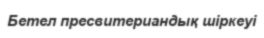
Бетел пресвитериандық шіркеуі